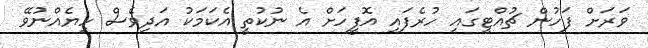
ވަރަށް ފަހުން ޗުއްޓީގައި ހުރެފައި އޮފީހަށް އެ ނުކުތީ އެކަމަކު އަދިވެސް ހިޔެއްނުވޭ